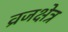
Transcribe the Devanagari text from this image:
व्रजक्षेत्र